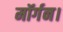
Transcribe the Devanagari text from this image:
मॉर्गन।